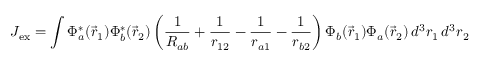
J _ { \mathrm { { e x } } } = \int \Phi _ { a } ^ { * } ( { \vec { r } } _ { 1 } ) \Phi _ { b } ^ { * } ( { \vec { r } } _ { 2 } ) \left( { \frac { 1 } { R _ { a b } } } + { \frac { 1 } { r _ { 1 2 } } } - { \frac { 1 } { r _ { a 1 } } } - { \frac { 1 } { r _ { b 2 } } } \right) \Phi _ { b } ( { \vec { r } } _ { 1 } ) \Phi _ { a } ( { \vec { r } } _ { 2 } ) \, d ^ { 3 } r _ { 1 } \, d ^ { 3 } r _ { 2 }